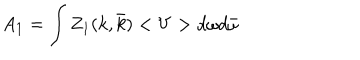
LaTeX: A _ { 1 } = \int Z _ { 1 } ( k , \bar { k } ) < V > d \omega d \bar { \omega }